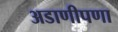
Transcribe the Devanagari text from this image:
अडाणीपणा